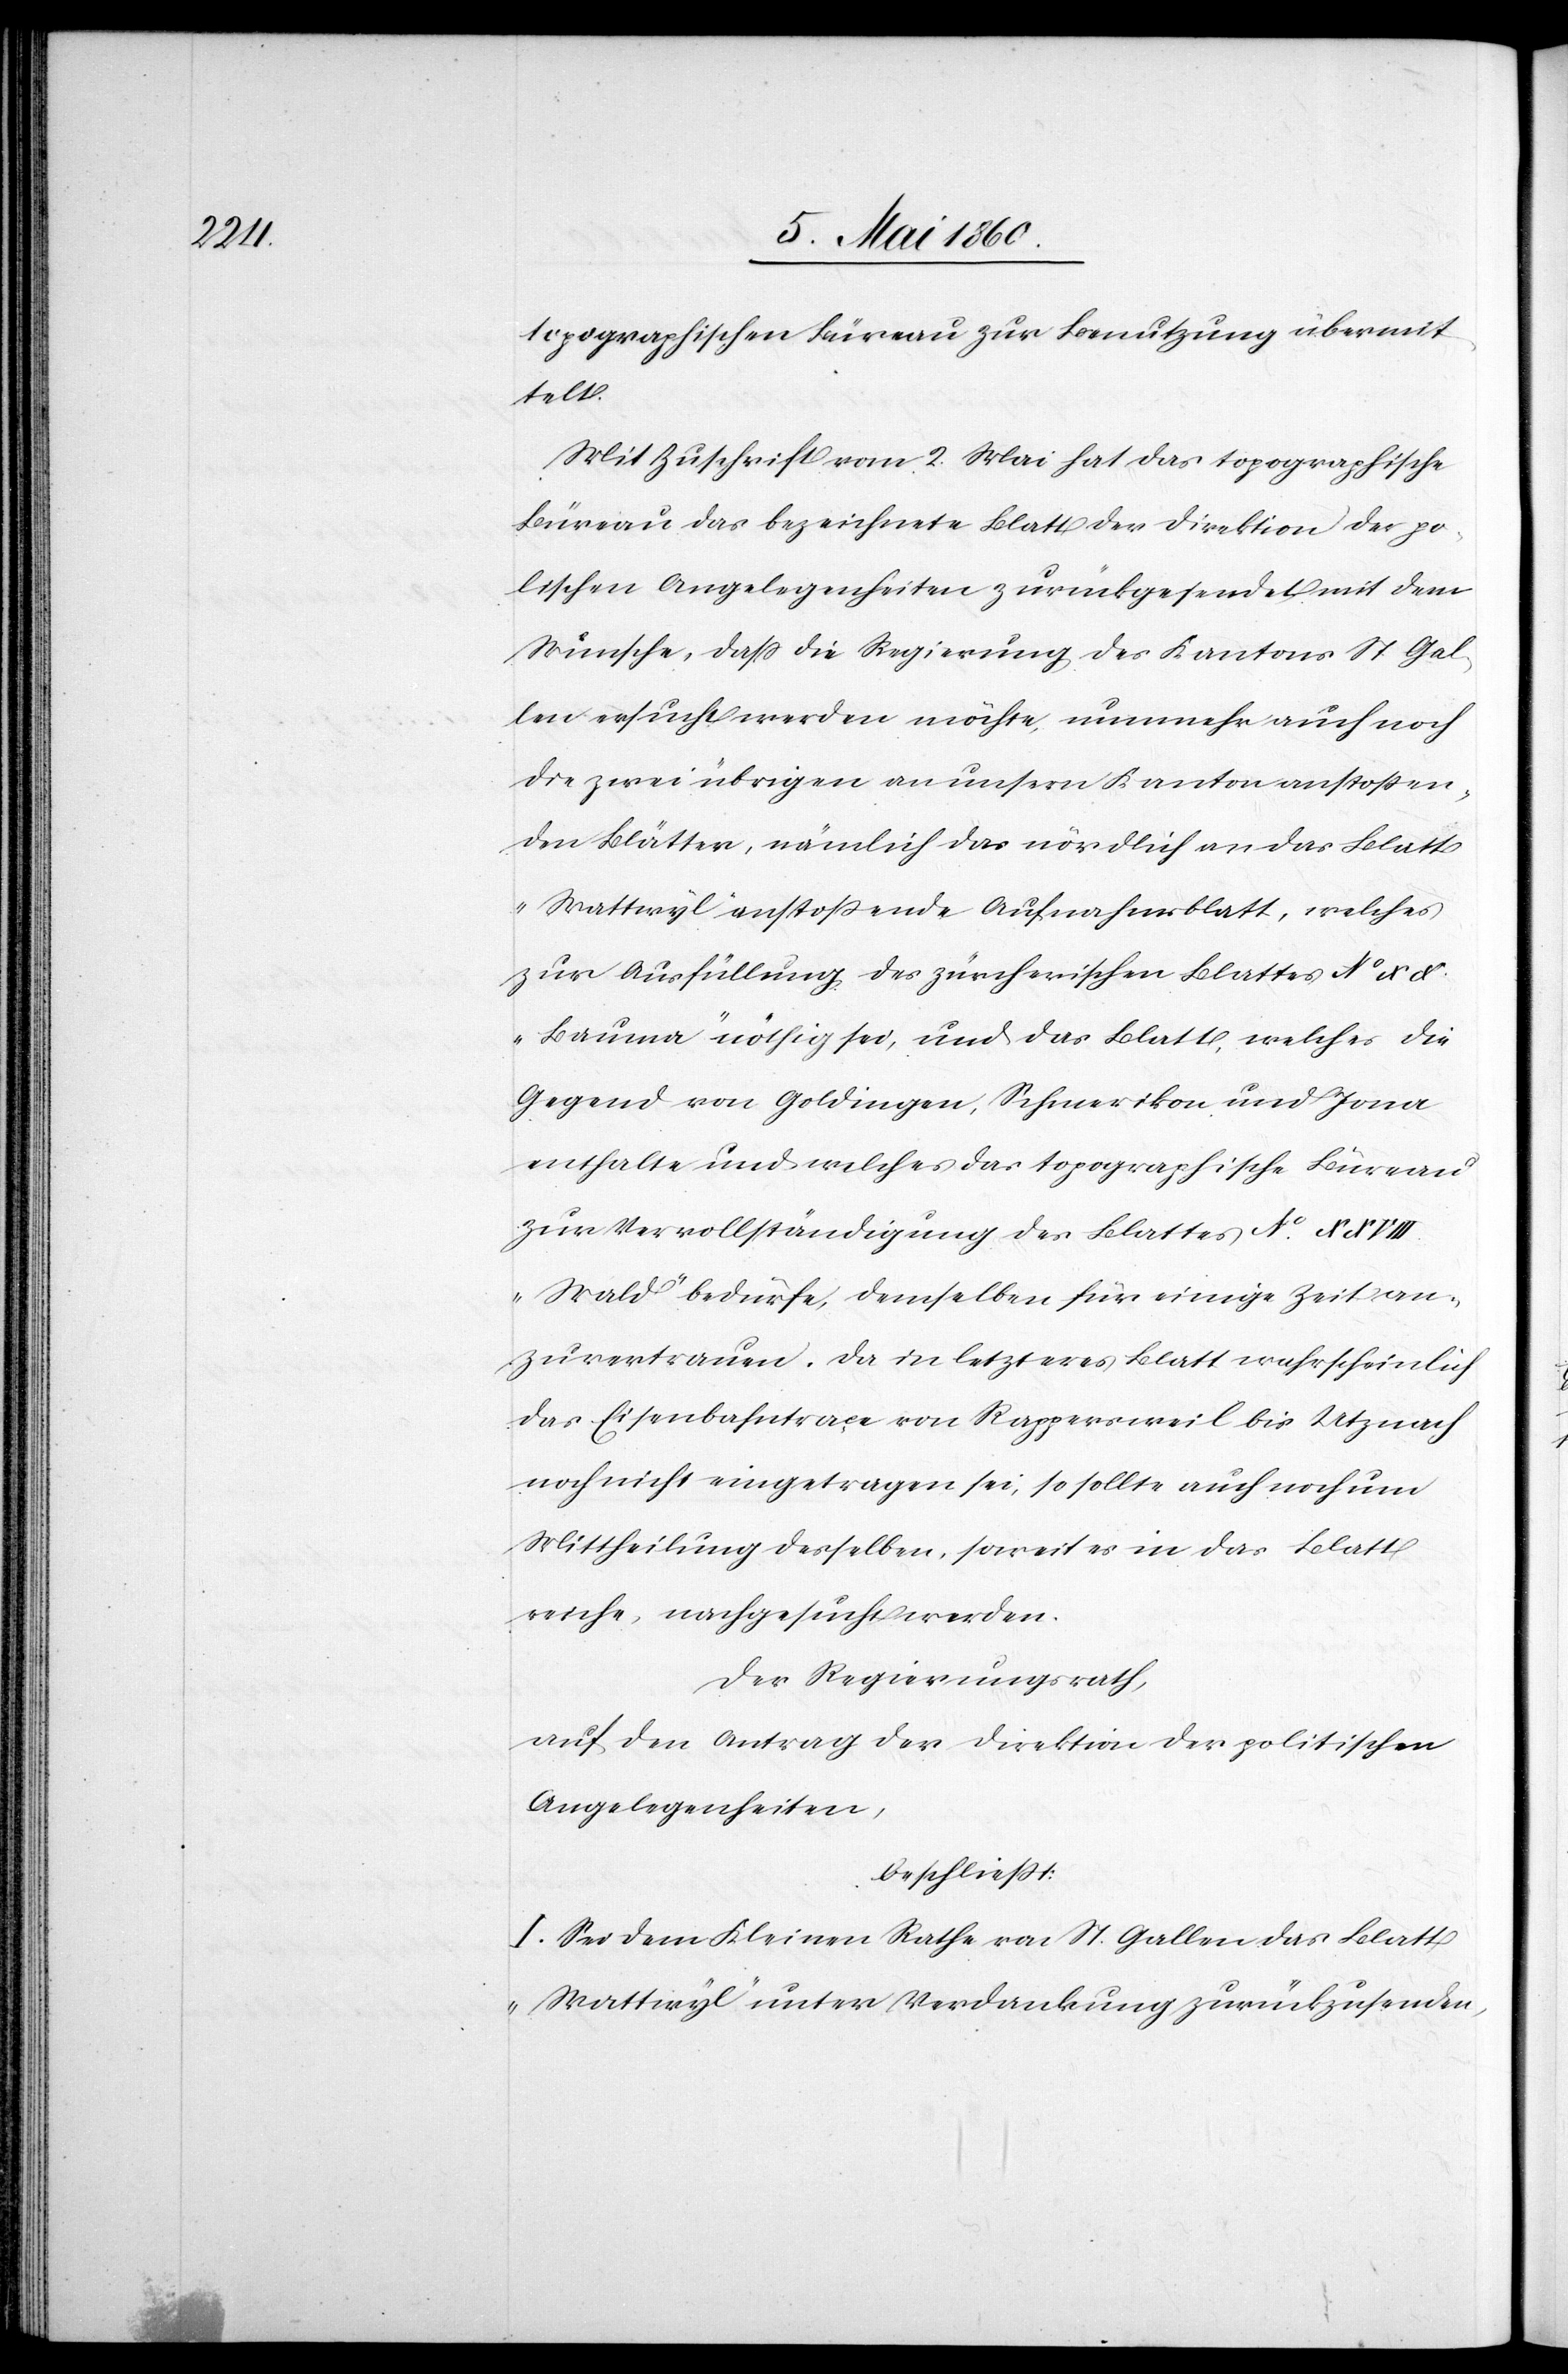
topographischen Büreau zur Benutzung übermit¬
telt.
Mit Zuschrift vom 2. Mai hat das topographische
Büreau das bezeichnete Blatt der Direktion der po¬
litischen Angelegenheiten zurückgesendet mit dem
Wunsche, dass die Regierung des Kantons St. Gal¬
len ersucht werden möchte, nunmehr auch noch
die zwei übrigen an unsern Kanton anstoßen¬
den Blätter, nämlich das nördlich an das Blatt
„Wattwyl“ anstoßende Aufnahmsblatt, welches
zur Ausfüllung des zürcherischen Blattes No XX
„Bauma“ nöthig sei, und das Blatt, welches die
Gegend von Goldingen, Schmerikon und Jona
enthalte und welches das topographische Büreau
zur Vervollständigung des Blattes No
„Wald“ bedürfe, demselben für einige Zeit an¬
zuvertrauen. Da in letzteres Blatt wahrscheinlich
Eisenbahntraçe von Rappersweil bis Utznach
noch nicht eingetragen sei, sollte auch noch um
Mittheilung desselben, soweit es in das Blatt
reiche, nachgesucht werden.
Der Regierungsrath,
auf den Antrag der Direktion der politischen
Angelegenheiten,
beschliesst:
I. Sei dem Kleinen Rathe von St. Gallen das Blatt
„Wattwyl“ unter Verdankung zurückzusenden,